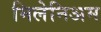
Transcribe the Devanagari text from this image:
मिलेनिअम